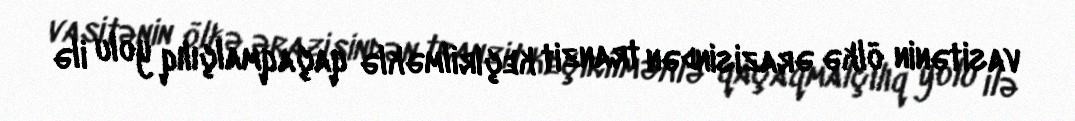
vasitənin ölkə ərazisindən tranzit keçirilməklə qaçaqmalçılıq yolu ilə